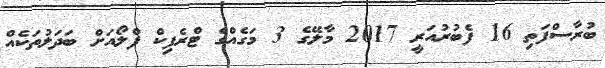
ބުރާސްފަތި 16 ފެބުރުއަރީ 2017 މާލޭގެ 3 މަގެއްގެ ޓްރެފިކް ފްލޯއަށް ބަދަލުތަކެއް